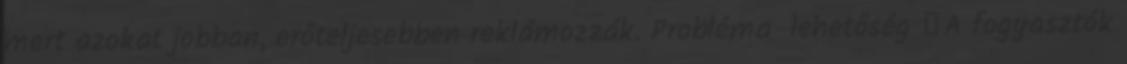
mert azokat jobban, erőteljesebben reklámozzák. Probléma lehetőség ▪A fogyasztók